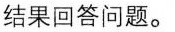
结果回答问题。